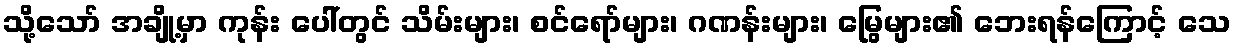
သို့သော် အချို့မှာ ကုန်း ပေါ်တွင် သိမ်းများ၊ စင်ရော်များ၊ ဂဏန်းများ၊ မြွေများ၏ ဘေးရန်ကြောင့် သေ